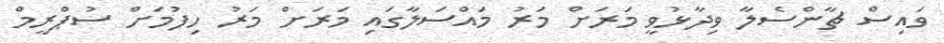
ވައިސް ޗާންސެލާ ވިދާޅުވީ މަރަށް މަރު މައްސަލާގައި މަރަށް މަރު ހިފުމަށް ސުޕްރީމް